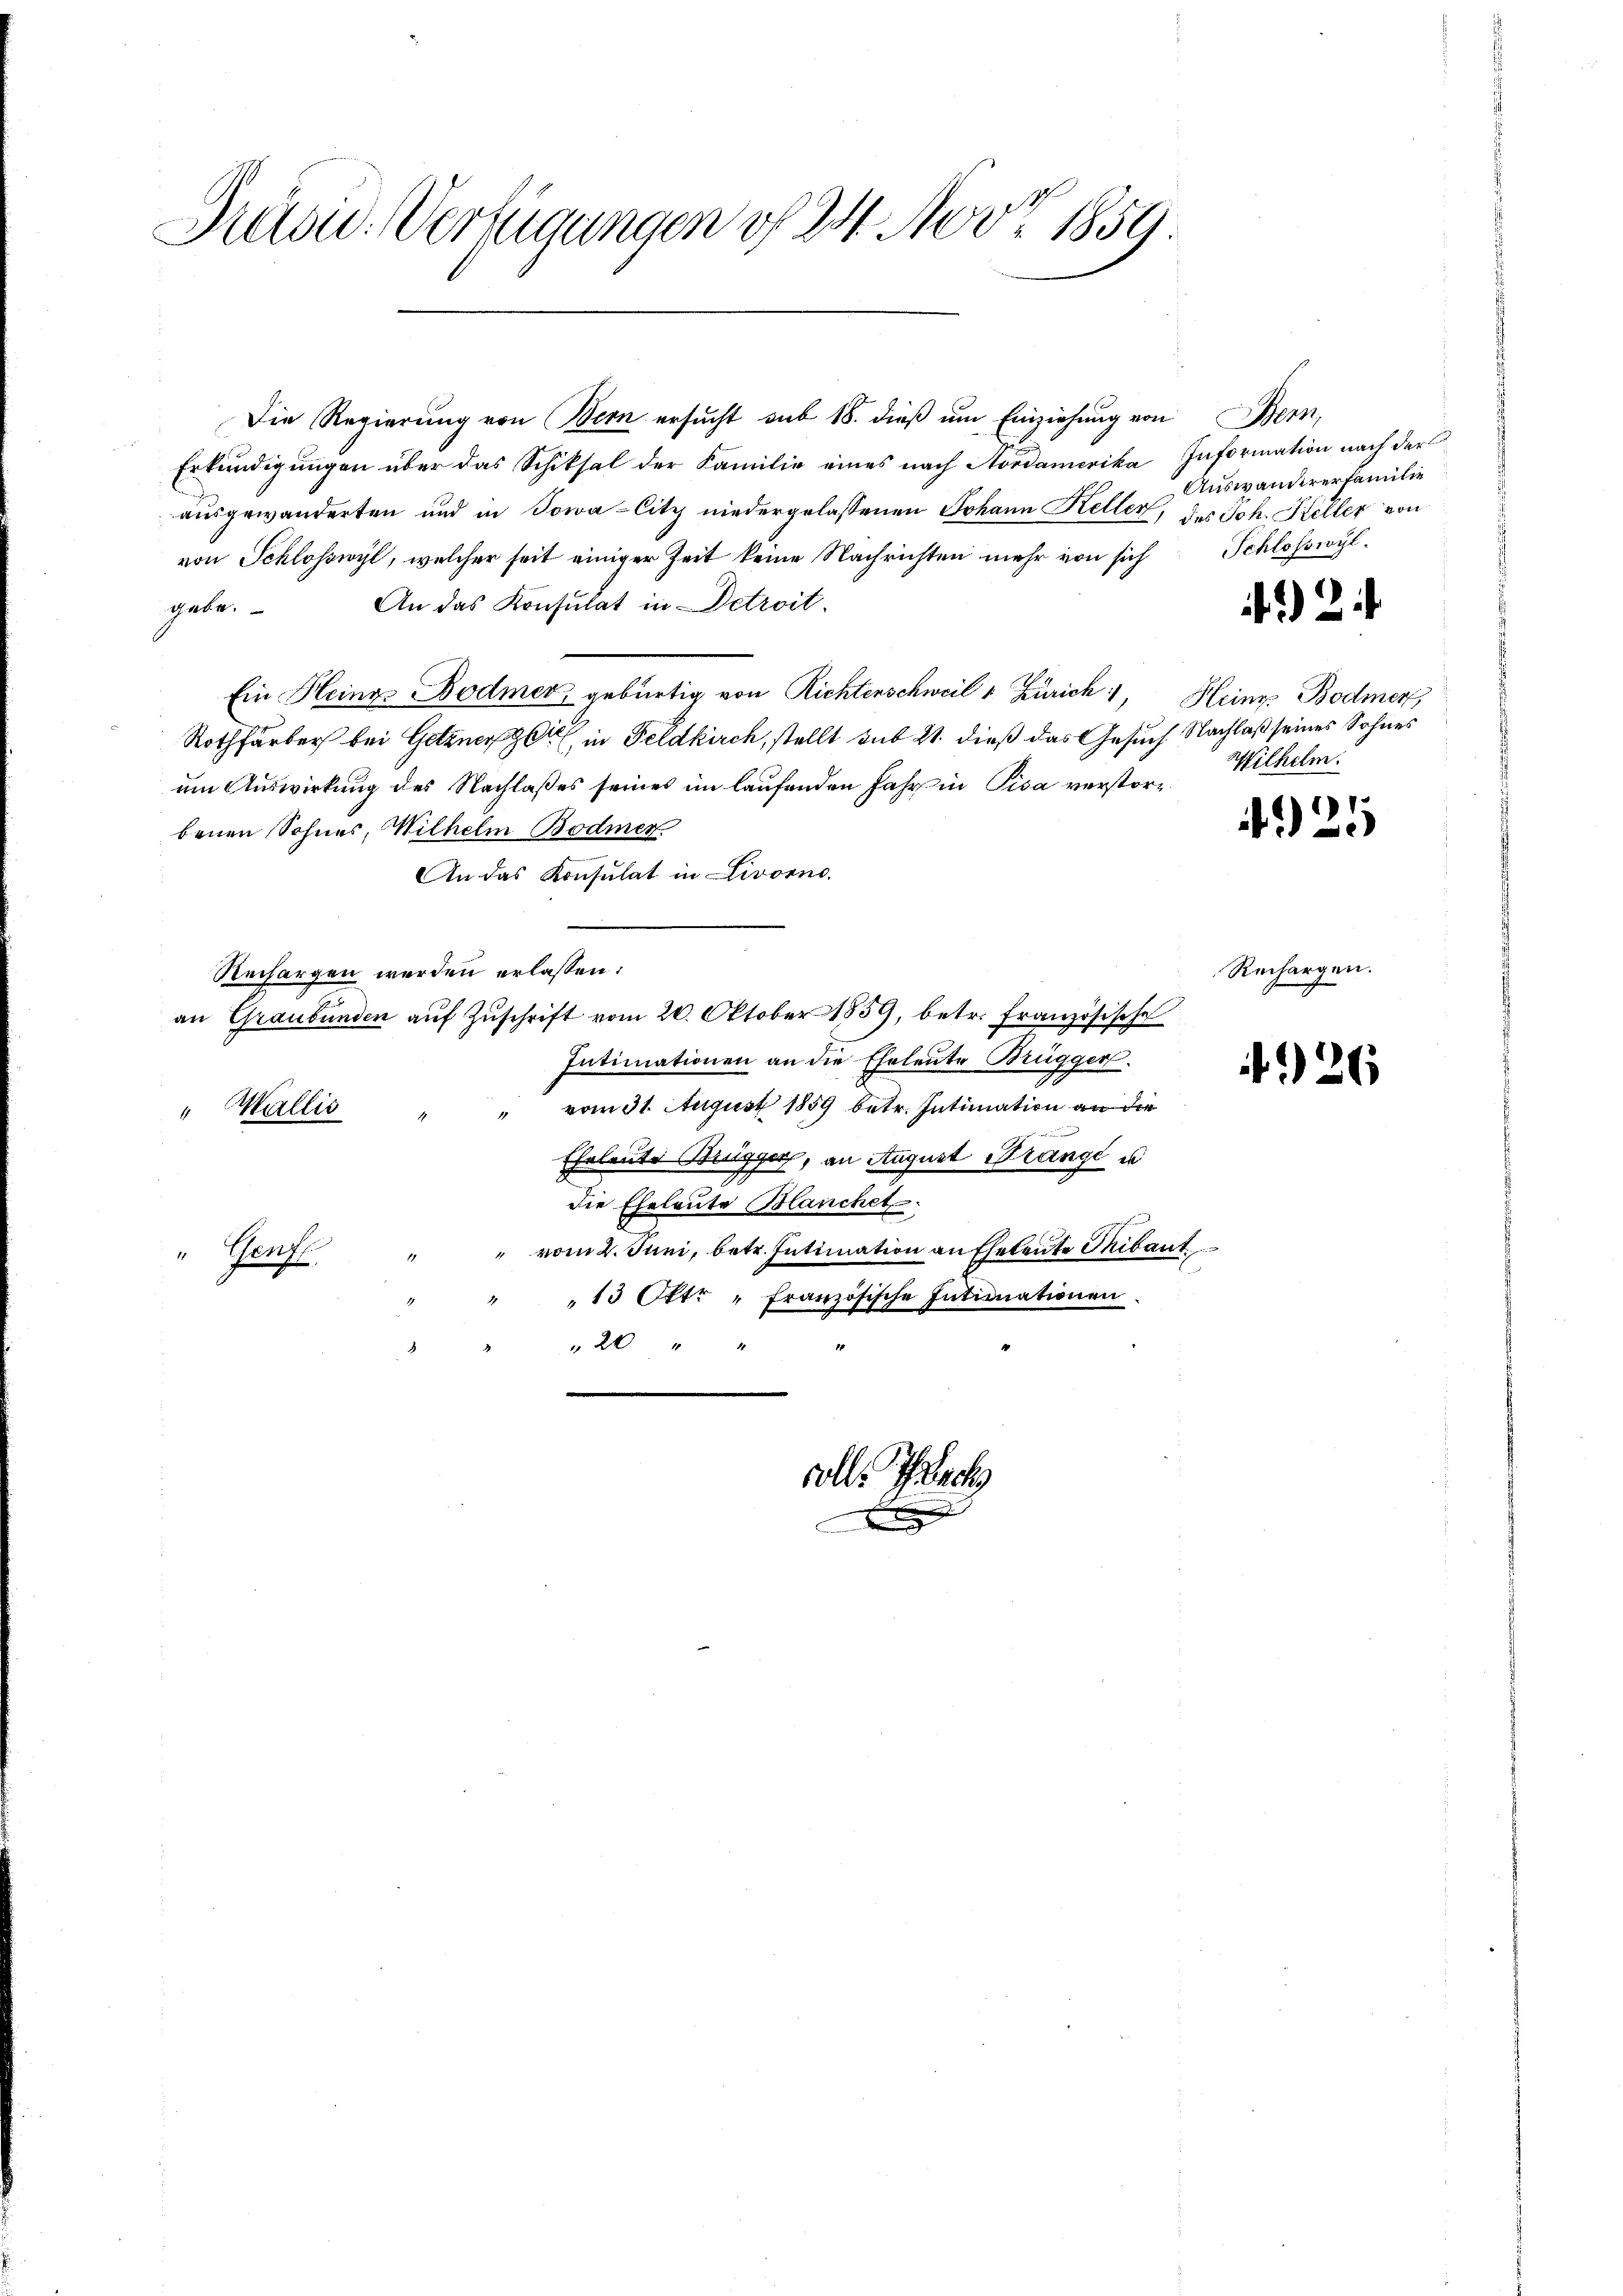
Präsu. Verfügungen d. 24. Nov. 1859.

Die Regierung von Bern ersucht sub 18. dieß um Einziehung von
Erkundigungen über das Schiksal der Familie eines nach Aordamerika Information nach der
ausgewanderten und in Sowa-Citz niedergelassenen Johann Keller, des Joh. Keller von
von Schlosswyl, welcher seit einiger Zeit keine Nachrichten mehr von sich
gebe. An das Konsulat in Detroit.
Ein Heings Bodmer, gebürtig von Richtenschweil v. Zürich, Heines Bodmer,
Rothfärber bei Gotzner Zeit in Feldkirch, stellt sub 21. dieß das Gesuch Nachlaß seines Sohnes
um Auswirkung des Nachlaßes seines im laufenden Jahr in Pisa verstorbenen Sohnes, Wilhelm Bodmer
An das Konsulat in Livorno.
Rechargen werden erlassen:
an Graubünden aŭf Zŭschrift vom 20. Oktober 1859, betr. Französische
Intimationen an die Eheleute Brügger.
" " vom 31. August 1859 betr. Intimation an die
" Wallis
Eheleute Brugger, an August Trange u
die Eheleute Blanchet.
" vom 2. Juni, betr. Intimation an Eheleute Thibaut
"Pens
13 Okt: „Französische Intimationen.
" 20 " "
volle Pach

Sn
Auswandererfamilie
Schlosswyl

2

Wilhelm.

)

Rechargen.

26